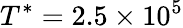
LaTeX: T^{*}=2.5\times 10^{5}